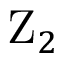
\mathrm { Z } _ { 2 }